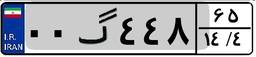
۰۰گ۴۴۸۶۵